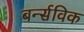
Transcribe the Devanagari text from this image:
बर्न्सविक